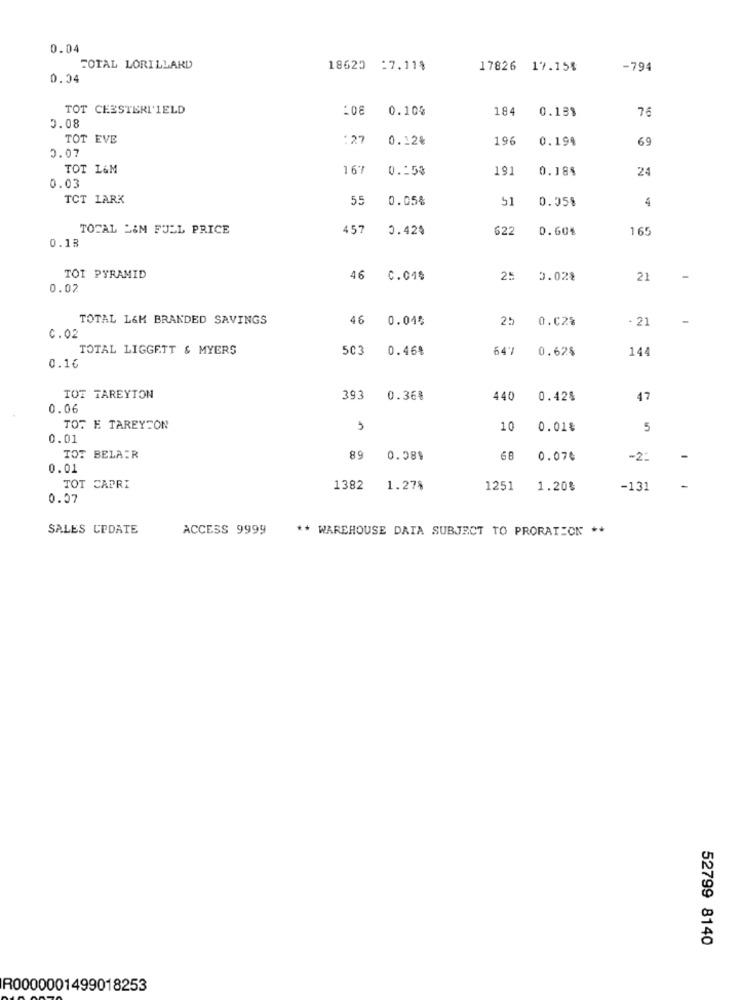
0.04
TOTAL LORILLARD
18620 :7,11$
17826 17.15%
-794
0.04
TOT CEESTERI'IELD
:08
0.10%
184
0.138
76
2.08
69
TOT EVE
:27
0.12%
196
0.194
2.07
TOT L&M
167
0.153
191
0.18%
24
0.03
TCT LARK
55
0.05%
51
0.05%
4
TOTAL L&M FULL PRICE
457
0.42%
622
0.60%
165
0.18
TOI PYRAMID
46 C.04%
25
0.02%
21
0.02
TOTAL L&M BRANDED SAVINGS
46
0.04%
25
0.02%
- 21
C.02
TOTAL LIGGETT & MYERS
503
0.46%
647
0.625
144
0.16
TOT TAREYTON
393
0.36%
440
0.42%
47
0.06
TOT E TAREYCON
10
0.01%
5
0.01
TOT BELAIR
89
0.58$
68
0.070
-2:
0.01
TOT CAPRI
1382
1.27%
1251
1.20%
-131
0.57
SALES UPDATE
ACCESS 9999
** WAREHOUSE DAIA SUBJECT TO PRORATECK **
52799 8140
R0000001499018253